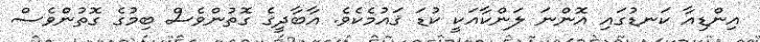
އިންޑިއާ ކަނޑުގައި އޮންނަ ލަންކާއަކީ ކުޑަ ޤައުމެކެވެ. އާބާދީގެ ގޮތުންވެސް ބިމުގެ ގޮތުންވެސް